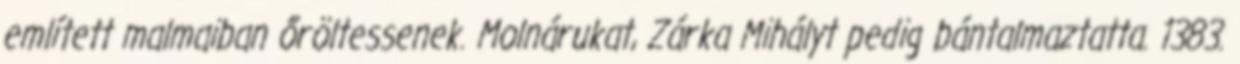
említett malmaiban őröltessenek. Molnárukat, Zárka Mihályt pedig bántalmaztatta. 1383.